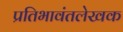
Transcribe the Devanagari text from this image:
प्रतिभावंतलेखक